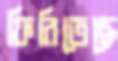
ফিরিতেছে